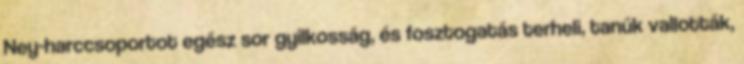
Ney-harccsoportot egész sor gyilkosság, és fosztogatás terheli, tanúk vallották,